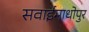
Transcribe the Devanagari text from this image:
सवाईमाधोपुर